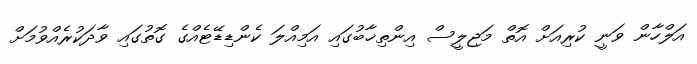
އަލްހާން ވަނީ ކުރިއަށް އޮތް މަޖިލީސް އިންތިޚާބުގައި އަމިއްލަ ކެންޑިޑޭޓެއްގެ ގޮތުގައި ވާދަކުރެއްވުމަށް